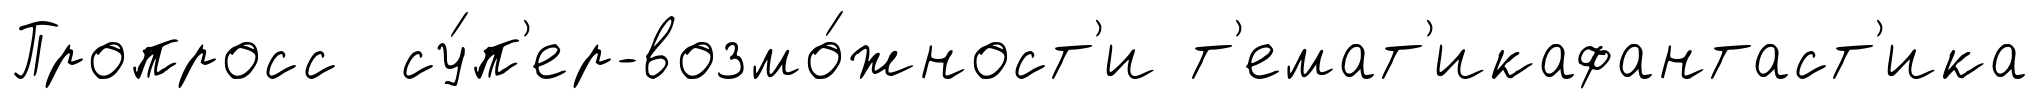
Пропросс су́п'ер-возмо́жност'и т'емат'икафантаст'ика